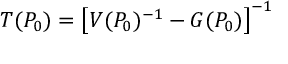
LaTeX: T ( P _ { 0 } ) = \left[ V ( P _ { 0 } ) ^ { - 1 } - G ( P _ { 0 } ) \right] ^ { - 1 }